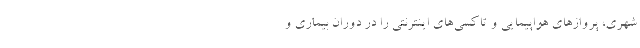
شهری، پروازهای هواپیمایی و تاکسی‌های اینترنتی را در دوران بیماری و